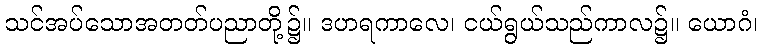
သင်အပ်သောအတတ်ပညာတို့၌။ ဒဟရကာလေ၊ ငယ်ရွယ်သည်ကာလ၌။ ယောဂံ၊